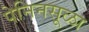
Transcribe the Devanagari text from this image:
पेनिनसूळा